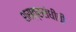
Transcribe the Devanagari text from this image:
शस्त्रसंधीची